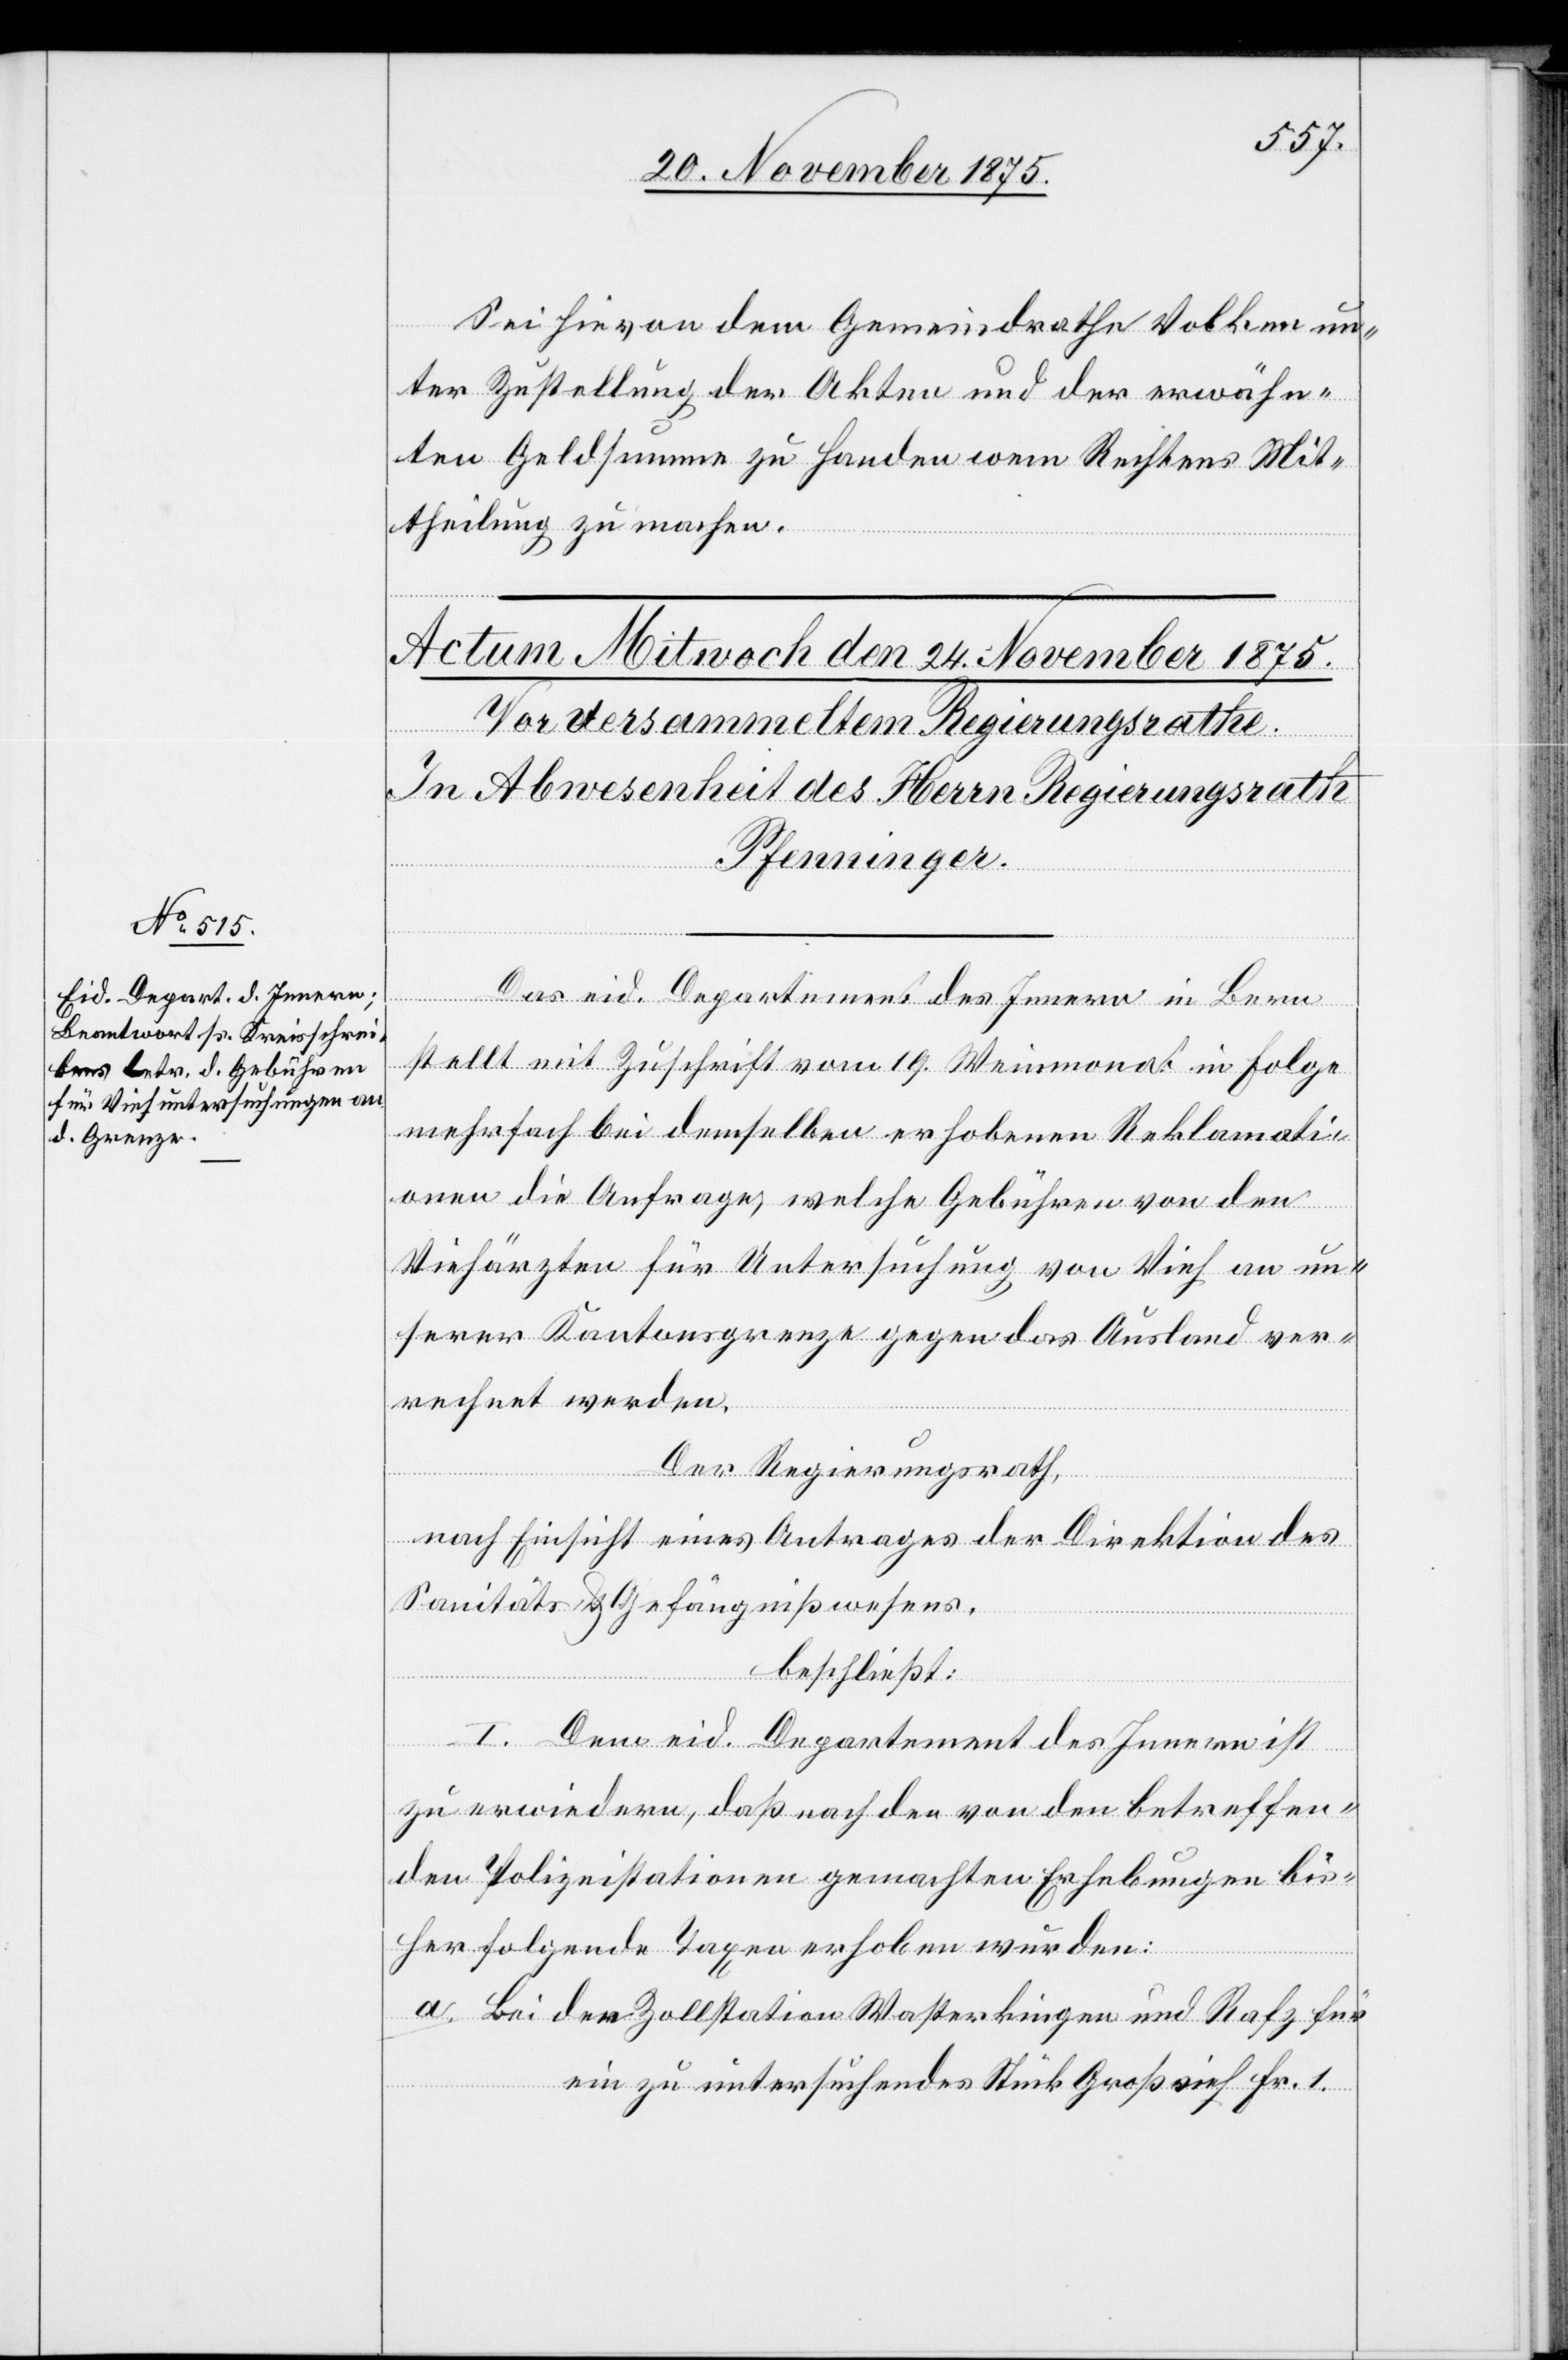
Sei hievon dem Gemeindrathe Volken un¬
ter Zustellung der Akten und der erwähn¬
ten Geldsumme zu Handen wem Rechtens Mit¬
theilung zu machen.
Das eid. Departement des Innern in Bern
stellt mit Zuschrift vom 19. Weinmonat in Folge
mehrfach bei demselben erhobenen Reklamati¬
onen die Anfrage, welche Gebühren von den
Viehärzten für Untersuchung von Vieh an un¬
serer Kantonsgrenze gegen das Ausland ver¬
rechnet werden.
Der Regierungsrath,
nach Einsicht eines Antrages der Direktion des
Sanitäts- & Gefängnißwesens,
beschließt:
I. Dem eid. Departement des Innern ist
zu erwiedern, daß nach den von den betreffen¬
den Polizeistationen gemachten Erhebungen bis¬
her folgende Taxen erhoben wurden:
a. Bei der Zollstation Wasterkingen und Rafz für
ein zu untersuchendes Stück Großvieh Fr. 1